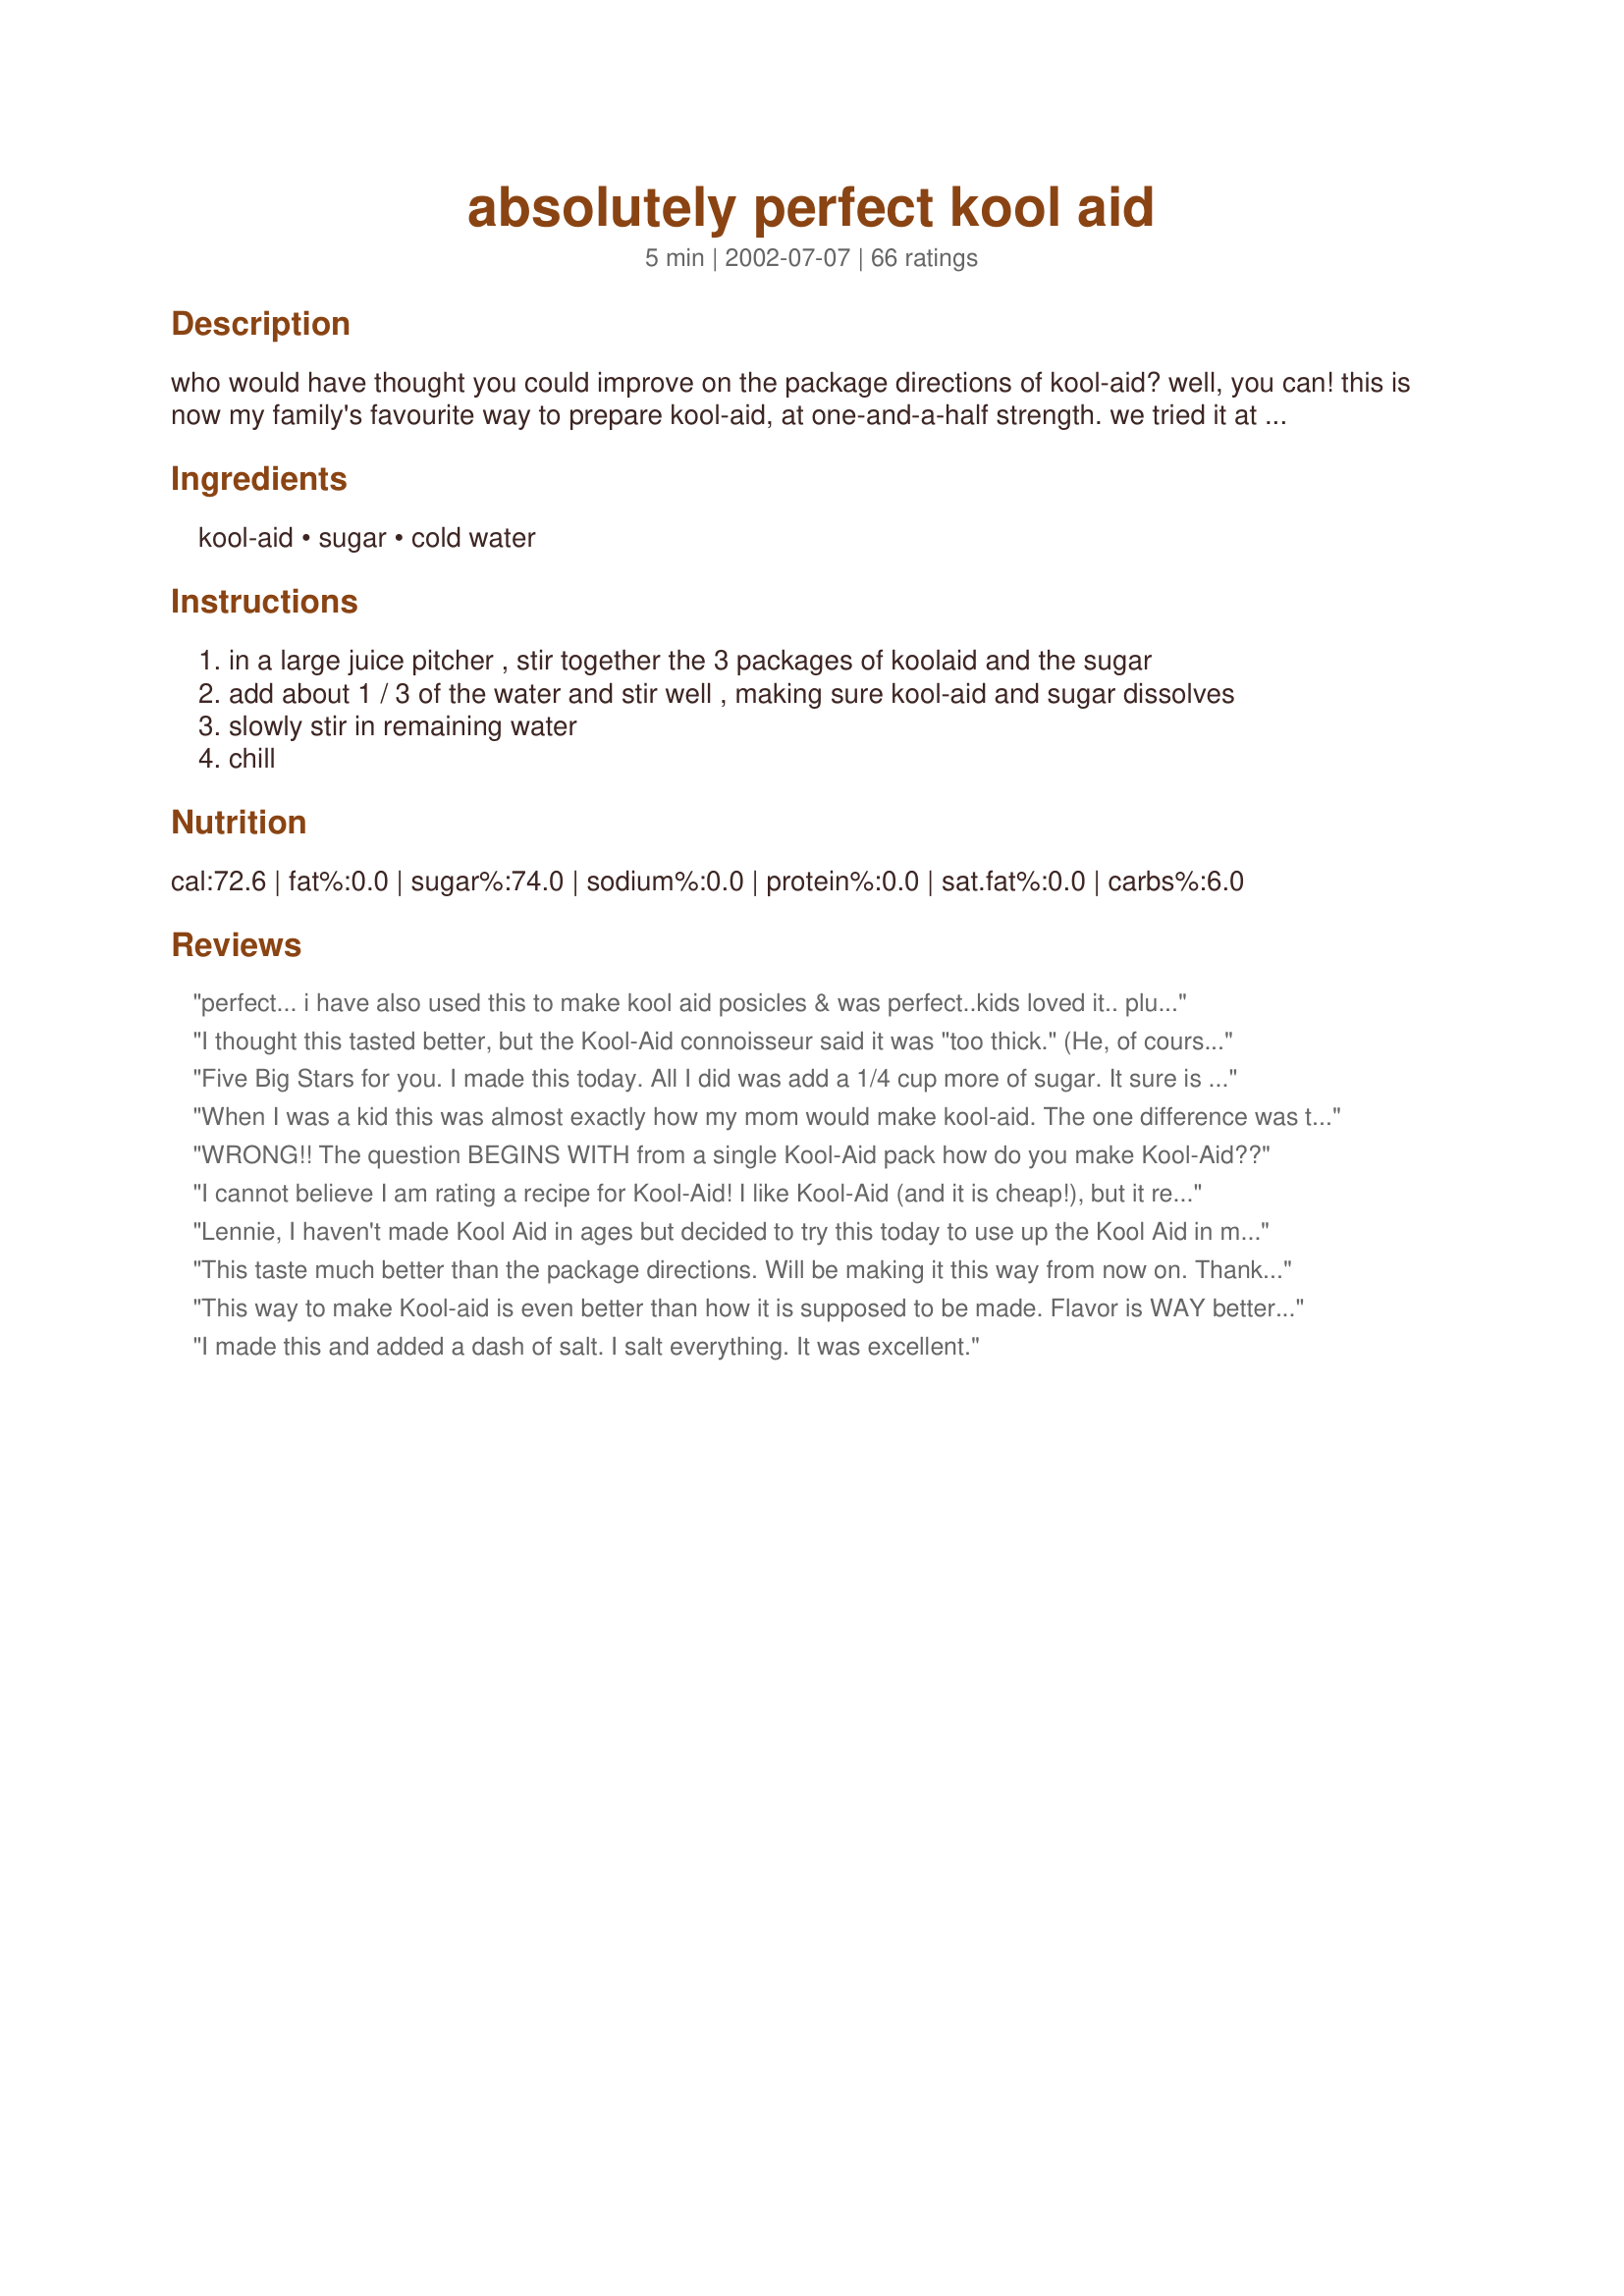
absolutely perfect kool aid
Preparation time: 5 minutes

who would have thought you could improve on the package directions of kool-aid? well, you can! this is now my family's favourite way to prepare kool-aid, at one-and-a-half strength. we tried it at double-strength, but preferred this method, with this amount of sweetness. the extra flavour burst is particularly noticeable, we have found, with cherry, orange, and grape.

Ingredients:
kool-aid, sugar, cold water

Steps:
in a large juice pitcher , stir together the 3 packages of koolaid and the sugar
add about 1 / 3 of the water and stir well , making sure kool-aid and sugar dissolves
slowly stir in remaining water
chill

Reviews:
perfect... i have also used this to make kool aid posicles & was perfect..kids loved it.. plus they loved that they could use the new sipper popsicle molds.. also gave kool aid drinks a whole new meaning to kool aid... thanks for sharing... we can't get enough...
I thought this tasted better, but the Kool-Aid connoisseur said it was "too thick." (He, of course, would prefer that the extra flavor come from extra sugar.) The color was a little "creepy" being almost opaque.
Five Big Stars for you. I made this today. All I did was add a 1/4 cup more of sugar. It sure is really good. Thank You.
When I was a kid this was almost exactly how my mom would make kool-aid. The one difference was that she would use two packets of kool-aid and then 2 cups sugar in a old milk jug. Fill with water, shake it up and its ready to go. We used to also mix flavors that would compliment eachother together. So tasty. How funny that now, years later I am rating a recipe for it.
WRONG!! The question BEGINS WITH from a single Kool-Aid pack how do you make Kool-Aid??
I cannot believe I am rating a recipe for Kool-Aid! I like Kool-Aid (and it is cheap!), but it really leaves that fermented after-taste in your mouth, so this is perfect. I used the lemon-lime flavor and only 1 c of sugar. I drink unsweet tea and diet soda, but even my full-flavor soda-loving husband was okay with this.
Lennie, I haven't made Kool Aid in ages but decided to try this today to use up the Kool Aid in my cupboard. I think it's a great summer drink especially with the reduced sugar. So much better than pop that is loaded with sugar. We are all enjoying it. Thanks, for the recipe, Lennie.
This taste much better than the package
directions. Will be making it this way
from now on. Thank-you!
This way to make Kool-aid is even better than how it is supposed to be made. Flavor is WAY better and not that much sugar (which is good).
I made this and added a dash of salt. I salt everything. It was excellent.
This way great! My kids just loved it. They ask for it all the time. Thanks so much.
Perfect flavor.....delicious.
I've made this twice now and the kids love it. I'm currently drinking a glass of Kool-Aid pink lemonade and it's terrific. Thanks for a great recipe.
Just didn't like the taste.
This came out great! Tried it with Tropical Punch flavor.
Thank you for this "new koolaide" My son tells his friends it Mom's Famous Koolaide. Don't worry I give you the credit.He loves making it his self. (I love that part) We use a funnel.
This is just the right combination of sweet & tart. It does not have a water downed taste. It is great for large gatherings. My family likes it.

Once we get used to it, it should be a great way to reduce sugar. After years of full-strength Koolaid and sugar, this tastes a bit watery and tart. But it's got good qualities because kids can do with less sugar, so we're going to stick with it. Also, a gallon quantity makes a lot more sense for a large family.
Everyone really loved the Kool-ade this way. It is the only way I will make it from now on. Thank you.
YUP! My kids drink it about as fast as I can make it....by the gallon.
Somebody should tell Kraft about this! This is the best way to drink Kool-Aid ever. I'm a lifelong fan and feel much better now knowing the kids and I are drinking less sugar-but with more flavor. We've been at this 3 months now and have tried all flavors....Ice Blue Raspberry Lemonade is incredible this way!!
What a fantastic idea this recipe was! The Koolaid was just great. I loved it not being so sickening sweet! I used Lemon-Lime and can't wait to try the other flavors. Thanks for sharing this Lennie!
Hey! What a great idea! I just finished making some in a cleaned-out gallon milk jug and it turned out great--not too sweet and you can't beat the low calories and sugar content! Thanks for posting this!
Very great idea! I can drink a two liter of Kool-aid by myself in an hour here on a hot afternoon in Florida. This is very tasty, although I will be adding more sweetener next time, but not much more. I did use Splenda instead of sugar, so perhaps that was why it was a little too tart (I have diabetes, so sugar is out for me :( ). All in all, a very refreshing take on a traditional favorite!
I made this is a gallon jug as others suggested and everyone enjoyed this.
Is 2 years too late to post a rating? I have made this sooo many times, and just memorized it-1 gal. water, 3 pkts, 2 c. of sugar. It wasn't until my DS's teacher asked for a printed recipe that I realized (after searching) that I never reviewed this. I did have trouble relocating this, for some reason I kept think it was called Super Kool-Aid-the word Super alone gave me many options-LOL.
Super recipe, and needless to say I may be very late on posting this review but know this recipe by heart.
I used orange flavor kool-aid when I tried this recipe. I found it to be a little tart. I added another cup and it was wonderful! I will make my kool-aid this way from now on.
My family really did not like this. I used Strawberry Koolaid and the intense colour kind of creeped me out. I ended up having to add another cup of sugar to make it drinkable for my family. I don't think I'll be making this again.
I liked that the flavor was more intense and less sweet than the way I usually make kool-aid. The kids thought it was a little too tart, but they will get used to it. Thanks
Excellent tasting! We all really enjoyed this especially my young one. I use to use two packages of Kool-Aid, but three is better. I also use splenda sugar and it still tastes great. Thanks Lennie....
There is a little bit of confusion in this recipe about buying KoolAid. In Canada, the normal size of KoolAid packets is 6 grams. But I have since learned that the U.S. and Canada measure the packets differently; one country by weight and one by volume. You get the same amount of KoolAid in each! The size to use is the regular, ordinary packet of KoolAid, the one about 4 inches long and just shy of 3 inches wide.
Turned out fabulous! Have used washed-out milk containers and a funnel, and have had great success! Won't ever make Kool-aid the "other" way again.
I will only make kool aid like this from now on! My kids like it this way better. Thanks!
Much better than regular KoolAid! However, I searched high and low, and 6 g. packets of KoolAid do not exist as far as I can tell! I used .14 oz. (3.9 g) packets of unsweetened KoolAid.
Lennie, this is really good stuff! Thanks for posting the recipe. I'm not a big koolaid fan anymore, but I've always had it around for the kids. I really like it this way - you don't feel like you just swallowed a mouthful of syrup. This is our new recipe.
Great! Love the flavor! Thanks for the recipe.
This recipe has been modified since I last tried it. But I still find it to be horrible. I know a lot of sweet may not be good. But when i think of good kool aid , the taste of colored water doesn't come to mind . I still had to a cup and a half of sugar to rid it of the bitterness. I don't have to have super sweet kool aid , something somewhere in between but this is still on the lip puckering side.
This was great. We started out with the 1 1/2 cups sugar but we wanted it sweeter and have settled with 2 cups sugar to suit our tastes. This has great flavor and is inexpensive to serve to thirsty kids and adults.
Lennie, this KoolAid was well received in my house! My step son's exact words were, "Is this KoolAid? I don't know why, but it's addicting! I've already had 3 glasses, I just can't get enough of this stuff!" I mixed it up in a 1 gallon bottle of water. I poured half the water out into a pitcher and then I added the 3 packages of KoolAid and the sugar to the bottle using a funnel. Then, I put the lid on and shook it up. I then added enough water back to the gallon container to fill to the top, shaking a little as I go to get the water on the top mixed with the KoolAid mixture. Then I just put the gallon container in the fridge... but I must say that it didn't last long in my house! Thanks for sharing your KoolAid recipe, we'll be making it this way from now on!
Hey Kool-Aid this is good. I got tired of the kids drinking other juices with who knows what in them. Back to basics where I can control the sugar. They love it.
Thanks
Nope, nope, nope. I know everyone&#039;s entitled to their own way of making Kool-Aid, but this is how it was done in my house:&lt;br/&gt;&lt;br/&gt;2 packages of your favorite Kool-Aid&lt;br/&gt;1 cup of sugar&lt;br/&gt;1 gallon of water&lt;br/&gt;&lt;br/&gt;In an empty, clean milk jug, add 1/4 gallon of the water to the jug. In a Pyrex measuring cup, mix Kool-Aid in with the sugar so it doesn&#039;t stain anything. Add to the jug, put the cap on and shake like mad. Add the rest of the water and shake until the sugar is completely dissolved. Enjoy.
I have tons of kool-aid that I got free after coupons, so I am always looking for a good kool-aid recipe :). This was so good and refreshing. I did not have to make any changes. I made black cherry, and will try it again soon with grape. Thanks so much for sharing!
'A wife&quot;tweeted you need 10 cups of sugar! Instant diabetes seems to be the prognosis
My children thought this was great. They said it had a stronger flavor, but it was not sweet enough, so I made it with 2 cups of sugar instead of 1 1/2 cups. I did not have 3 packages of the same flavor so I used 2 Cherry and 1 Roarin' Rasberry Cranberry. Now they can mix and match their KoolAid.
Am I missing something? Isn’t this just watered down Kool Aid? I made it and it made me pucker. Isn’t this just cutting the sugar by half using the regular directions on the package? It tastes like Kool-Aid that’s been sitting on the counter for several hours with the ice melted. I understand wanting to cut sugar and calorie intake but this just did not taste good and maybe if you want to cut sugar, Kool-aid isn’t the way to do it.
I gave this 4 stars. This recipe got the stamp "kid approved". The kids said it was good. I thought it was a bit weak but not as sweet which was good. I will make this again as we will get used to the taste. Thanks for posting a good recipe. Christine (internetnut)
Definetly needs more sugar to take me back to my childhood and to enjoy it. It was a great way (posting it)to get me to make Kool-aid for my youngin' though. I di have to add about another cup of sugar though.
Meh its good but i have a sweetooth it does make it a little stout but its really good
I&#039;ve made it like this for a few years ... Seem&#039;s like in the late 90&#039;s the packets lost some flavor.... Tropical punch is great with 3 packets ...
This was better than regular koolaid, though I didn't notice a HUGE difference in flavor. Maybe I'll cut the water down a bit, too...
Marvelous!!! The first batch I followed the recipe, except I used Fructose instead of common sugar. (Fructose doesn't take you on that roll-a-coaster sugar jag that Sucrose does.) The pitcher didn't last long and I can't blame anyone, I was alone. The second and all succeeding ones I've made with half the water and stored in a 2 liter soda bottle in the fridge. To serve I pour half of a glass with the Koolaid mixture and top the glass off with cold water or for a treat cold club soda. My favorite mix so far is 2 packets of Lemon and 1 packet of Lime with a few drops of Lemon extract added. Another good blend is Raspberry-Cranberry with a few drops of Vanilla Extract. This has brought out the "Mad Scientist" in me. (It wasn't a long journey.) Thanx for posting this great recipe. Pierre
One solution to over-sugared kiddos! Served this at a B'day party and no one noticed. Will become a staple.
The kids have been begging me to make them KoolAid. I've been reluctant because of all that sugar. The kids didn't miss it. Thanks for a new, great way to make KoolAid!
Who really thought you could improve Kool Aid? Well, you can! I loved this way of preparing it...especially since it was extra tangy. The color was also extra bright... I am now in my early thirties, but still crave Kool Aid in the summer. Reminds me of being a kid, I guess. It had just the right amount of sweetness without being so sugary... plus this way it was much more thirst quenching on a hot summer day! This is a great way to enjoy this drink as an adult!!! Thanks!
After looking over the "welcome back Lennie cook a thon", I realized that somehow I forgot to review this,(oops). We don't have kool-aid very often but since I found this recipe, it is the only way I make Kool-aid! I do add slightly more sugar than 1 1/2 cups but it still works out to be less than the packaged directions! Thanks for posting this and welcome back!
Way to go!! I am WELL into middle age, but still gotta have my Kool-Aid in the summer time. This is basically how I have been making it for about 10yrs, though I only make 1/2 gal. at a time. I long ago got accustomed to using about 1/2 the sugar called for on the package, and grew to love it. I just can't take the "syrupy" tasting stuff anymore. Good for you and your family!
I did this for dd's bday party last night with grape KoolAid. We liked the stronger flavor from the extra packet of powder but did find it a bit too tart with the sugar reduced *that* much (I usually use slightly less than 3/4 c. per pkg, this worked out to 1/2 c per pkg) I think next time I will add another 1/3-1/2 c sugar and it will be perfect for our tastes ~ thanks!
I use cool is without sugar for a delicious drink
I made this the other day after looking up a better recipe for kool-aid :smile: believe it or not I have never liked Kool-aid because it had little flavor to me. I really can drink this stuff now. Thank you so much. I took other suggestions and used 2 cups sugar instead of 1 1/2 c (personal preference) and I loved it. Kid & Hubby approved!
This is so refreshing and delicious! Each time I make this, I love it even more than the last time! The first time I made this, I used the Grape flavour. Thank you for sharing this, Auntie Lennie! We are enjoying this in the summers here! This is the best drink to serve to a large crowd. A world of THANKS, again(from all of us)! This is known as "Auntie Lennie's Perfect Kool-Aid" around this place;)!!!Update: I made this today afternoon using the "Ice Blue Raspberry Lemonade" flavour of Kool-aid. I loved the light blue colour of this. It went very well! Update again: I made this today(16th June'03) using the Kool-Aid magic twists(Secret color! Secret flavor!) drink mix in which the orange colour changed to a beautiful green! We all loved it. This drink is so divine in these summer months. Thank you so much, Auntie Lennie, for such a good recipe! Time for yet another update: I made this today(29th June'03) using 2 packets (each weighing 4.8gms Net) of Blastin' Berry Cherry and 1 pkt. (Net weight: 4.2 gms)of Roarin' Raspberry Cranberry! I love the dark red colour of this combo. It resembles one of my favourite summertime drinks called "Vimto". Update again: I made this this time using Wild Watermelon Kiwi Kool aid and wow, this recipe continues to amaze me! Thank you so much for this wonderful recipe! 

When I first saw this recipe I thought "What's so different about this recipe? Kool-Aid is Kool-Aid!" Was I ever wrong. It is so good and very refreshing when it is poured over ice and you can really taste the flavor of the Kool-Aid instead of so much sweetness. When I made it, I put the sugar and Kool-Aid powder in a 2 cup Hidden Valley Salad Dressing container. I then filled it with HOT water, put the lid on it and shook it really well until the sugar was dissolved, I then added it to a gallon jug half filled with COLD water, while stirring it and then added more water until the jug was full. That way I did not have granuals of sugar at the bottom of the jug. UPDATE!!(October 4 '03 I made this again but only made 1/2 gallon. I used 1 full package of orange koolaid and about 1/2 tablespoon of another package of orange kool-aid and 3/4 cup of sugar and it came out perfect!!
We will be making kool-aid like this from now on Lennie! Who would of thought there was any other way to make kool-aid? Thanks Lennie, this just really has alot of flavor and it doesn't taste like sugar water either. DD really enjoyed it, she wanted to know where I bought the new kool-aid from :-)
Super! We've been making 1 pkg. with 1/2 c. sugar and filling a large pitcher with water (probably more than 2 quarts.) I like the idea of using the gallon jug... we have so many. Best of all, every kid that's come to our house has liked it this way. A little less sugar never hurt anyone!
Add me to the cheering section! My kids love this new way of making Kool-Aid and so does my husband! I don't care for Kool-Aid, but took a little sip and it was surprisingly good, it tasted more like fruit juice than Kool-Aid. And I don't think my kids missed the sugar at all, definitely a plus! Thanks for a new family favorite, Lennie!
Made my g'kid's poop look like a rainbow.
This recipe changed my life! All these years putting 1 cup of sugar per packet! I had no idea that I could deviate with creative independence by not following what was on the packet. What a great way to stick it to the man! One cup per packet? Ha! One cup per packet my patootie! My days of required sweetener oppression are over. I am in your eternal debt!
